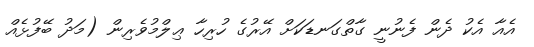
އެއާ އެކު ދެން ފެނުނީ ގާތްގަނޑަކަށް އޭރުގެ ހުރިހާ ޢިލްމުވެރިން (މަދު ބޭފުޅެއް